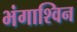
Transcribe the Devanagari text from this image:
भंगाश्विन